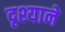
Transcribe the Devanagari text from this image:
दृश्याने